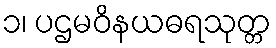
၁၊ ပဌမဝိနယဓရသုတ္တ